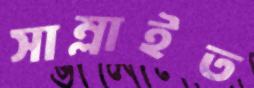
সাম্‌লাইত